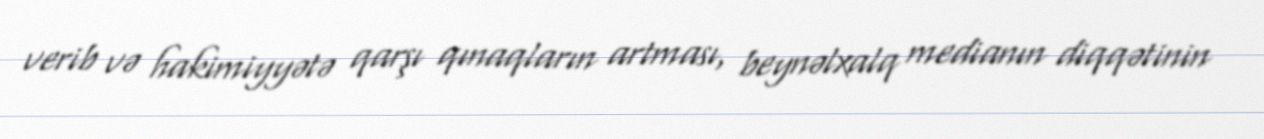
verib və hakimiyyətə qarşı qınaqların artması, beynəlxalq medianın diqqətinin